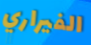
الفيراري